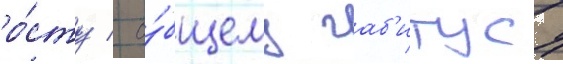
ро́сту / о́бщему габ'итусу